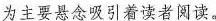
为主要悬念吸引着读者阅读。